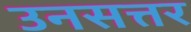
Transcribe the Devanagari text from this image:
उनसत्तर